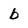
Character: b